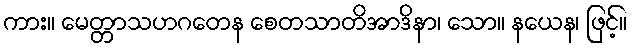
ကား။ မေတ္တာသဟဂတေန စေတသာတိအာဒိနာ၊ သော။ နယေန၊ ဖြင့်။